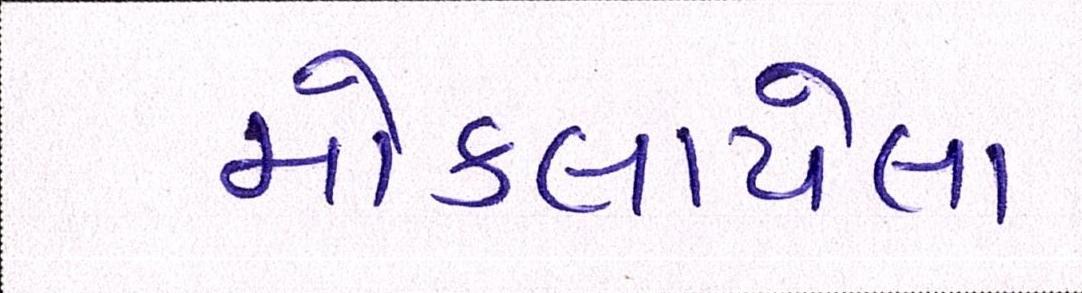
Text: મોકલાયેલા